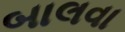
બાલવા